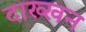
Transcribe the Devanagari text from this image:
दाख्खन